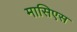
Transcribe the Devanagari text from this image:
मासिएस